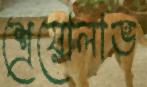
শ্রেয়োলাভ